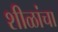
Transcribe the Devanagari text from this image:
शीळांचा